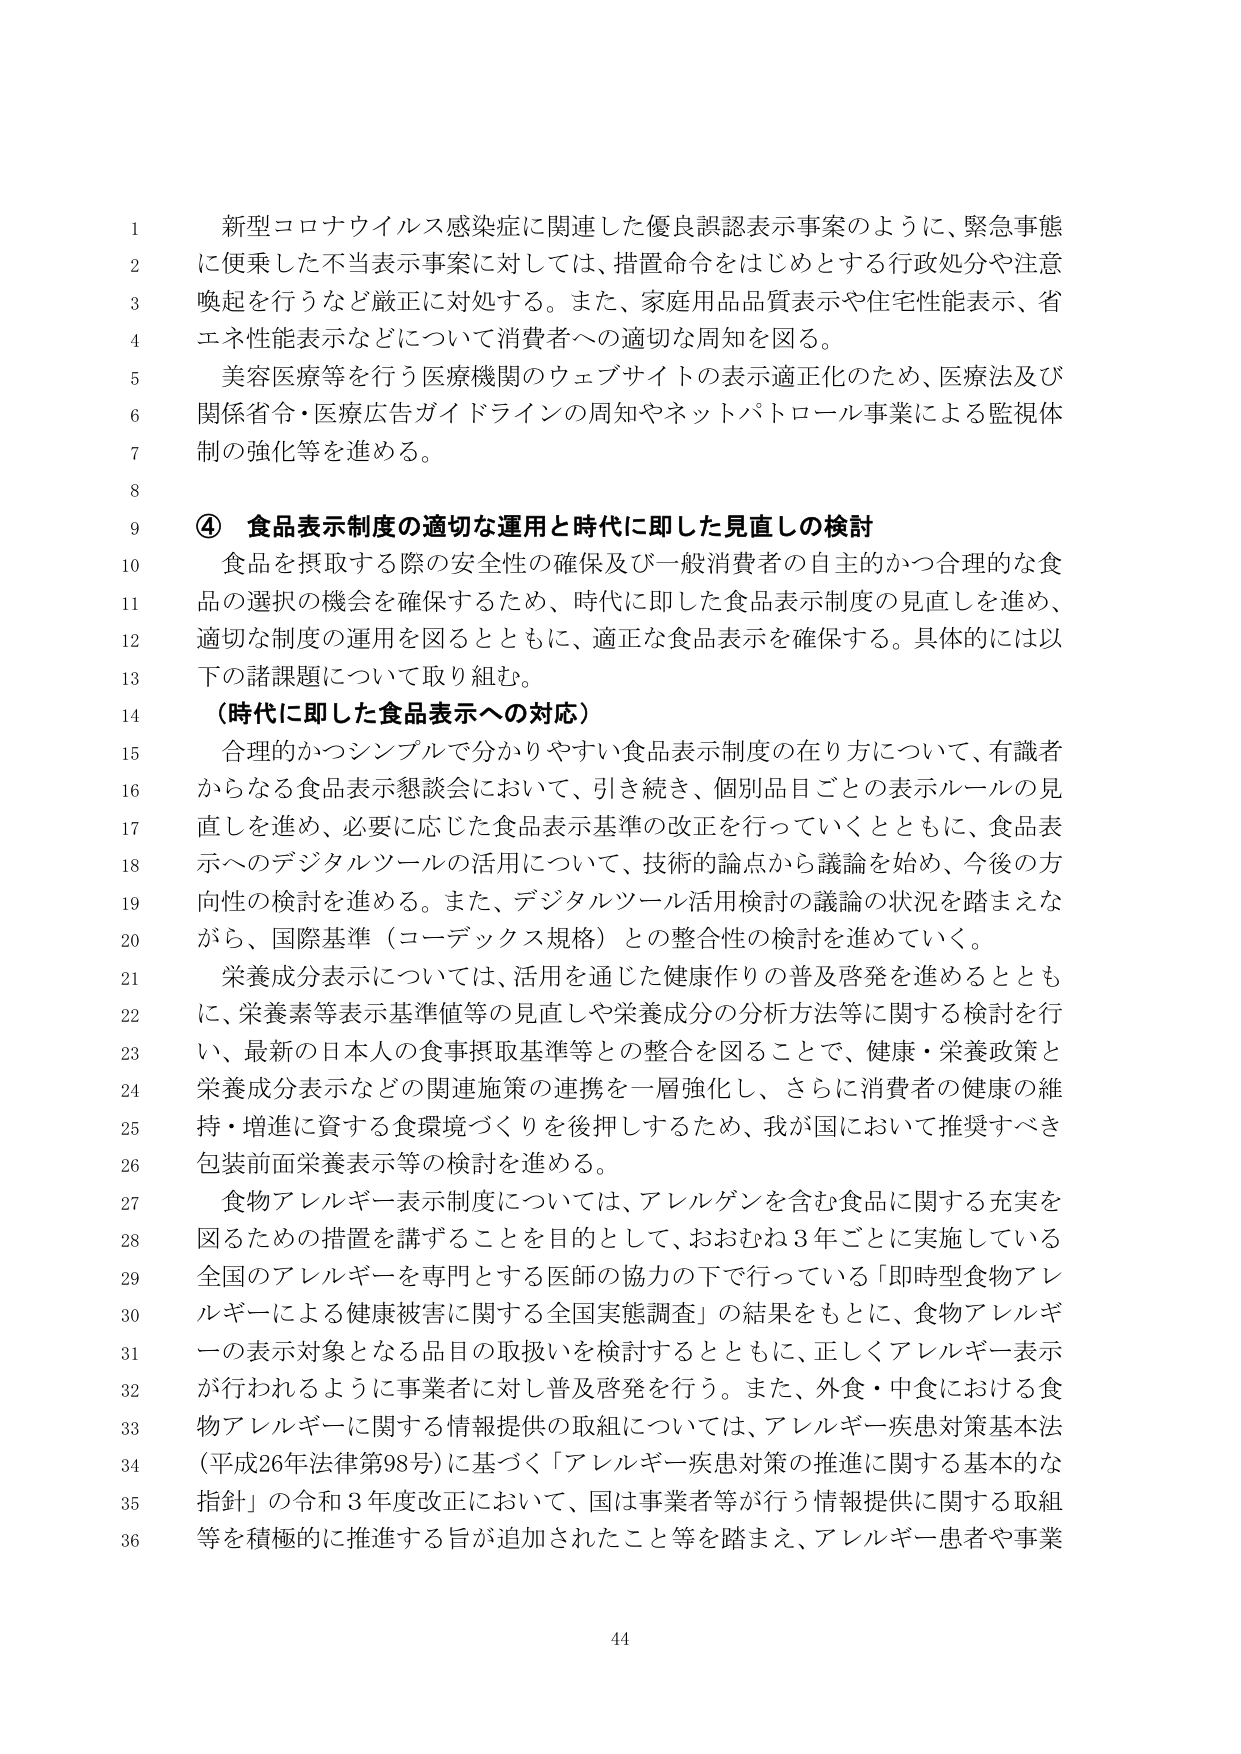
新型コロナウイルス感染症に関連した優良誤認表示事案のように、緊急事態に便乗した不当表示事案に対しては、措置命令をはじめとする行政処分や注意喚起を行うなど厳正に対処する。また、家庭用品品質表示や住宅性能表示、省エネ性能表示などについて消費者への適切な周知を図る。

美容医療等を行う医療機関のウェブサイトの表示適正化のため、医療法及び関係省令・医療広告ガイドラインの周知やネットパトロール事業による監視体制の強化等を進める。

④ 食品表示制度の適切な運用と時代に即した見直しの検討

食品を摂取する際の安全性の確保及び一般消費者の自主的かつ合理的な食品の選択の機会を確保するため、時代に即した食品表示制度の見直しを進め、適切な制度の運用を図るとともに、適正な食品表示を確保する。具体的には以下の諸課題について取り組む。

（時代に即した食品表示への対応）

合理的かつシンプルで分かりやすい食品表示制度の在り方について、有識者からなる食品表示懇談会において、引き続き、個別品目ごとの表示ルールの見直しを進め、必要に応じた食品表示基準の改正を行っていくとともに、食品表示へのデジタルツールの活用について、技術的論点から議論を始め、今後の方針性の検討を進める。また、デジタルツール活用検討の議論の状況を踏まえながら、国際基準（コーデックス規格）との整合性の検討を進めていく。

栄養成分表示については、活用を通じた健康作りの普及啓発を進めるとともに、栄養素等表示基準値等の見直しや栄養成分の分析方法等に関する検討を行い、最新の日本人の食事摂取基準等との整合を図ることで、健康・栄養政策と栄養成分表示などの関連施策の連携を一層強化し、さらに消費者の健康の維持・増進に資する食環境づくりを後押しするため、我が国において推奨すべき包装前面栄養表示等の検討を進める。

食物アレルギー表示制度については、アレルゲンを含む食品に関する充実を図るための措置を講ずることを目的として、おおむね3年ごとに実施している全国のアレルギーを専門とする医師の協力の下で行っている「即時型食物アレルギーによる健康被害に関する全国実態調査」の結果をもとに、食物アレルギーの表示対象となる品目の取扱いを検討するとともに、正しくアレルギー表示が行われるように事業者に対し普及啓発を行う。また、外食・中食における食物アレルギーに関する情報提供の取組については、アレルギー疾患対策基本法（平成26年法律第98号）に基づく「アレルギー疾患対策の推進に関する基本的な指針」の令和3年度改正において、国は事業者等が行う情報提供に関する取組等を積極的に推進する旨が追加されたこと等を踏まえ、アレルギー患者や事業

44